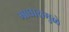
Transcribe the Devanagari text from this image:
माघारामुळे